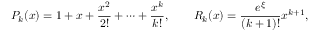
P _ { k } ( x ) = 1 + x + { \frac { x ^ { 2 } } { 2 ! } } + \cdots + { \frac { x ^ { k } } { k ! } } , \qquad R _ { k } ( x ) = { \frac { e ^ { \xi } } { ( k + 1 ) ! } } x ^ { k + 1 } ,